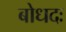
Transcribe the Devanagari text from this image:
बोधदः